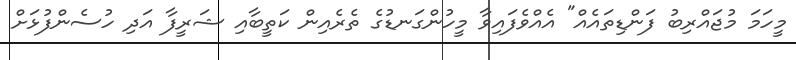
މީހަމަ މުޖައްރިބު ފަންޑިތައެއް" އެއްވެފައިވާ މީހުންގަނޑުގެ ތެރެއިން ކަތީބާއި ޝަރީފާ އަދި ހުސެންފުޅަށް